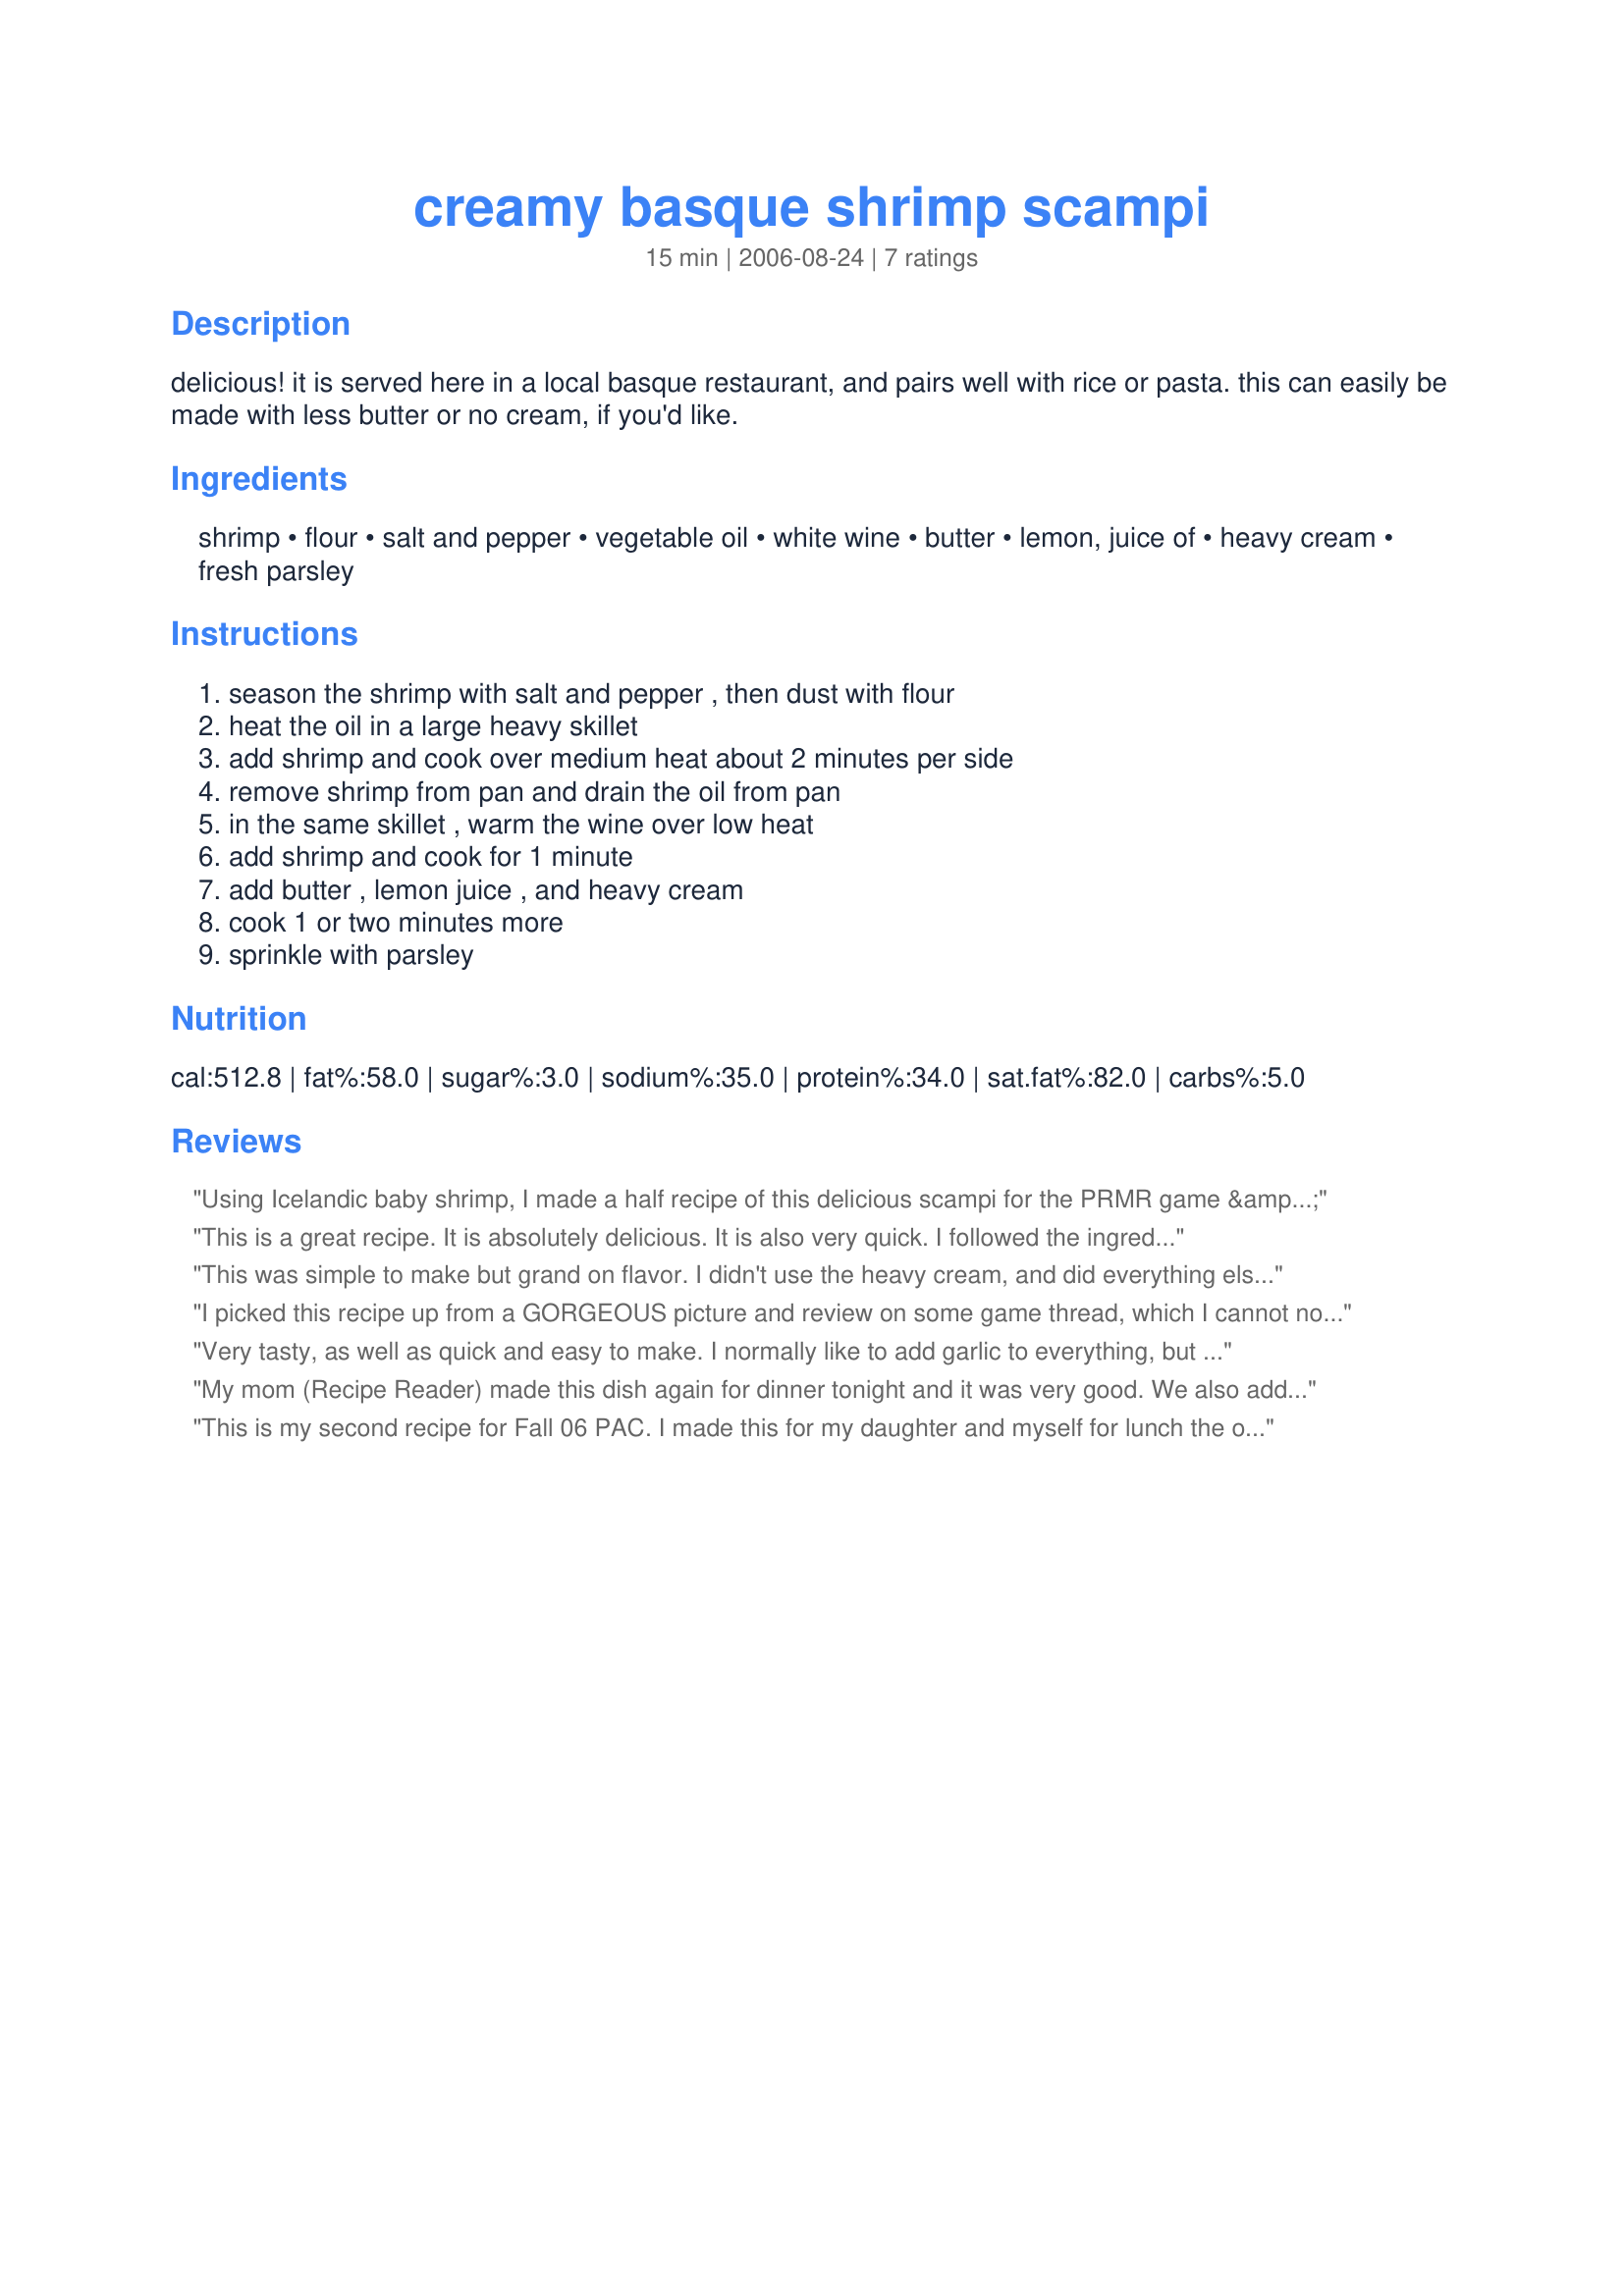
creamy basque shrimp scampi
Preparation time: 15 minutes

delicious! it is served here in a local basque restaurant, and pairs well with rice or pasta. this can easily be made with less butter or no cream, if you'd like.

Ingredients:
shrimp, flour, salt and pepper, vegetable oil, white wine, butter, lemon, juice of, heavy cream, fresh parsley

Steps:
season the shrimp with salt and pepper , then dust with flour, heat the oil in a large heavy skillet, add shrimp and cook over medium heat about 2 minutes per side, remove shrimp from pan and drain the oil from pan, in the same skillet , warm the wine over low heat, add shrimp and cook for 1 minute, add butter , lemon juice , and heavy cream, cook 1 or two minutes more, sprinkle with parsley

Reviews:
Using Icelandic baby shrimp, I made a half recipe of this delicious scampi for the PRMR game & served it as an appy in gratin dishes over toast points for Christmas Eve dinner w/DH & my MIL. Other than using butter vs vegetable oil, I made just 1 other chg & added garlic that I see as a must (for me at least) in a scampi recipe. It was richly flavoured, generously sauced, well-received & an elegant start to our main holiday meal. Thx for sharing your recipe w/us. :-)
This is a great recipe. It is absolutely delicious. It is also very quick. I followed the ingredients per recipe except I only used 1 T lemon juice because of personal preference. Made for PRMR.
This was simple to make but grand on flavor. I didn't use the heavy cream, and did everything else to specs. Wonderful flavor! Flouring the shrimp first helped the flavors stay on the shrimp. 
Great job R.R. Keep em comin!
-Bird-
I picked this recipe up from a GORGEOUS picture and review on some game thread, which I cannot now retrieve !! Took me a few days to get past leftovers and buy fresh cream, but fixed this tonight with frozen spanakopita. DH and I thoroughly enjoyed the meal -- and had some left over. I think the "sauce" must be bubbling when adding the butter, to achieve thickening. No matter, just added the sauce (FAT TASTES GOOD !) to the remaining orzo, which just "sucked it up" for another day's lunch. Thanks, Stephanie^, for a lovely dinner.
Very tasty, as well as quick and easy to make. I normally like to add garlic to everything, but it was not missed here. The shrimp have a very rich, flavorful quality. The only thing different I did was to add a pinch of cayenne. Then I served it over 8 oz. of angel hair pasta (any more would absorb all the sauce). I will definitely make this again, and try it with orzo. Thanks for a lovely recipe. Made for PRMR.
My mom (Recipe Reader) made this dish again for dinner tonight and it was very good. We also added the mushrooms, onions, and zucchini. That was a nice touch. The other change that we tried was to leave out the cream, and it was still wonderful. This was an effort to make it a little healthier because there is so much butter in the dish. We served our shrimp scampi over orzo pasta. I look forward to having this again!!
This is my second recipe for Fall 06 PAC. I made this for my daughter and myself for lunch the other day and my husband decided he needed to try it also so keep in mind I am adding his opinion in here also. I used butter and olive oil instead of regular vegetable oil. The only white wine I used was a Resling so it was pretty sweet, I really should have used chicken broth because the sweetness hung around, next time I will use a different wine. I did not have a fresh lemon so I used concentrate and the bottle said that 2 1/2 teaspoons was equal to 1 lemon...well, I only used 2 teaspoons and it was to strong so again, next time I will either use the fresh or use less of the other. The overall flavor of the scampi was really good (the opnion of my dauther and me) given the modifications I had to make but my husband was not impressed UNTIL I sauted (in a little butter) some zuccini, mushrooms and onions and added it to the scampi and I must say it added such a wonderful texture and extra flavor that I will continue to make it this way.....we served it over pine nut coucous and it was just absolutely wonderful that way
